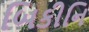
બિકીનિ